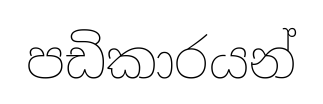
පඩිකාරයන්